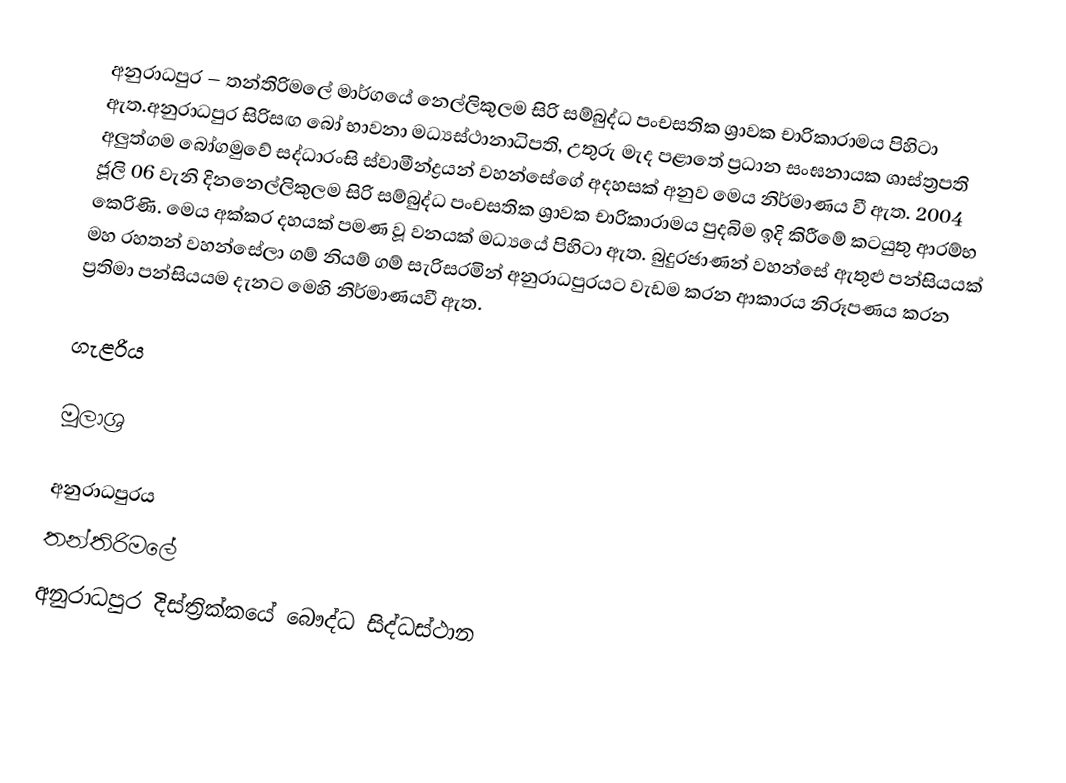
අනුරාධපුර – තන්තිරිමලේ මාර්ගයේ නෙල්ලිකුලම සිරි සම්බුද්ධ පංචසතික ශ්‍රාවක චාරිකාරාමය පිහිටා ඇත.අනුරාධපුර සිරිසඟ බෝ භාවනා මධ්‍යස්ථානාධිපති, උතුරු මැද පළාතේ ප්‍රධාන සංඝනායක ශාස්ත්‍රපති අලුත්ගම බෝගමුවේ සද්ධාරංසි  ස්වාමීන්ද්‍රයන් වහන්සේගේ අදහසක් අනුව මෙය නිර්මාණය වී ඇත. 2004 ජූලි 06 වැනි දිනනෙල්ලිකුලම සිරි සම්බුද්ධ පංචසතික ශ්‍රාවක චාරිකාරාමය පුදබිම ඉදි කිරීමේ කටයුතු ආරම්භ කෙරිණි. මෙය අක්කර දහයක් පමණ වූ වනයක් මධ්‍යයේ පිහිටා ඇත. බුදුරජාණන් වහන්සේ ඇතුළු පන්සියයක් මහ රහතන් වහන්සේලා ගම් නියම් ගම් සැරිසරමින් අනුරාධපුරයට වැඩම කරන ආකාරය නිරූපණය කරන ප්‍රතිමා පන්සියයම දැනට මෙහි නිර්මාණයවී ඇත.

ගැළරිය

මූලාශ්‍ර

අනුරාධපුරය
තන්තිරිමලේ
අනුරාධපුර දිස්ත්‍රික්කයේ බෞද්ධ සිද්ධස්ථාන‎